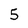
Character: 5